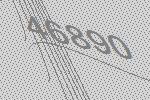
46890